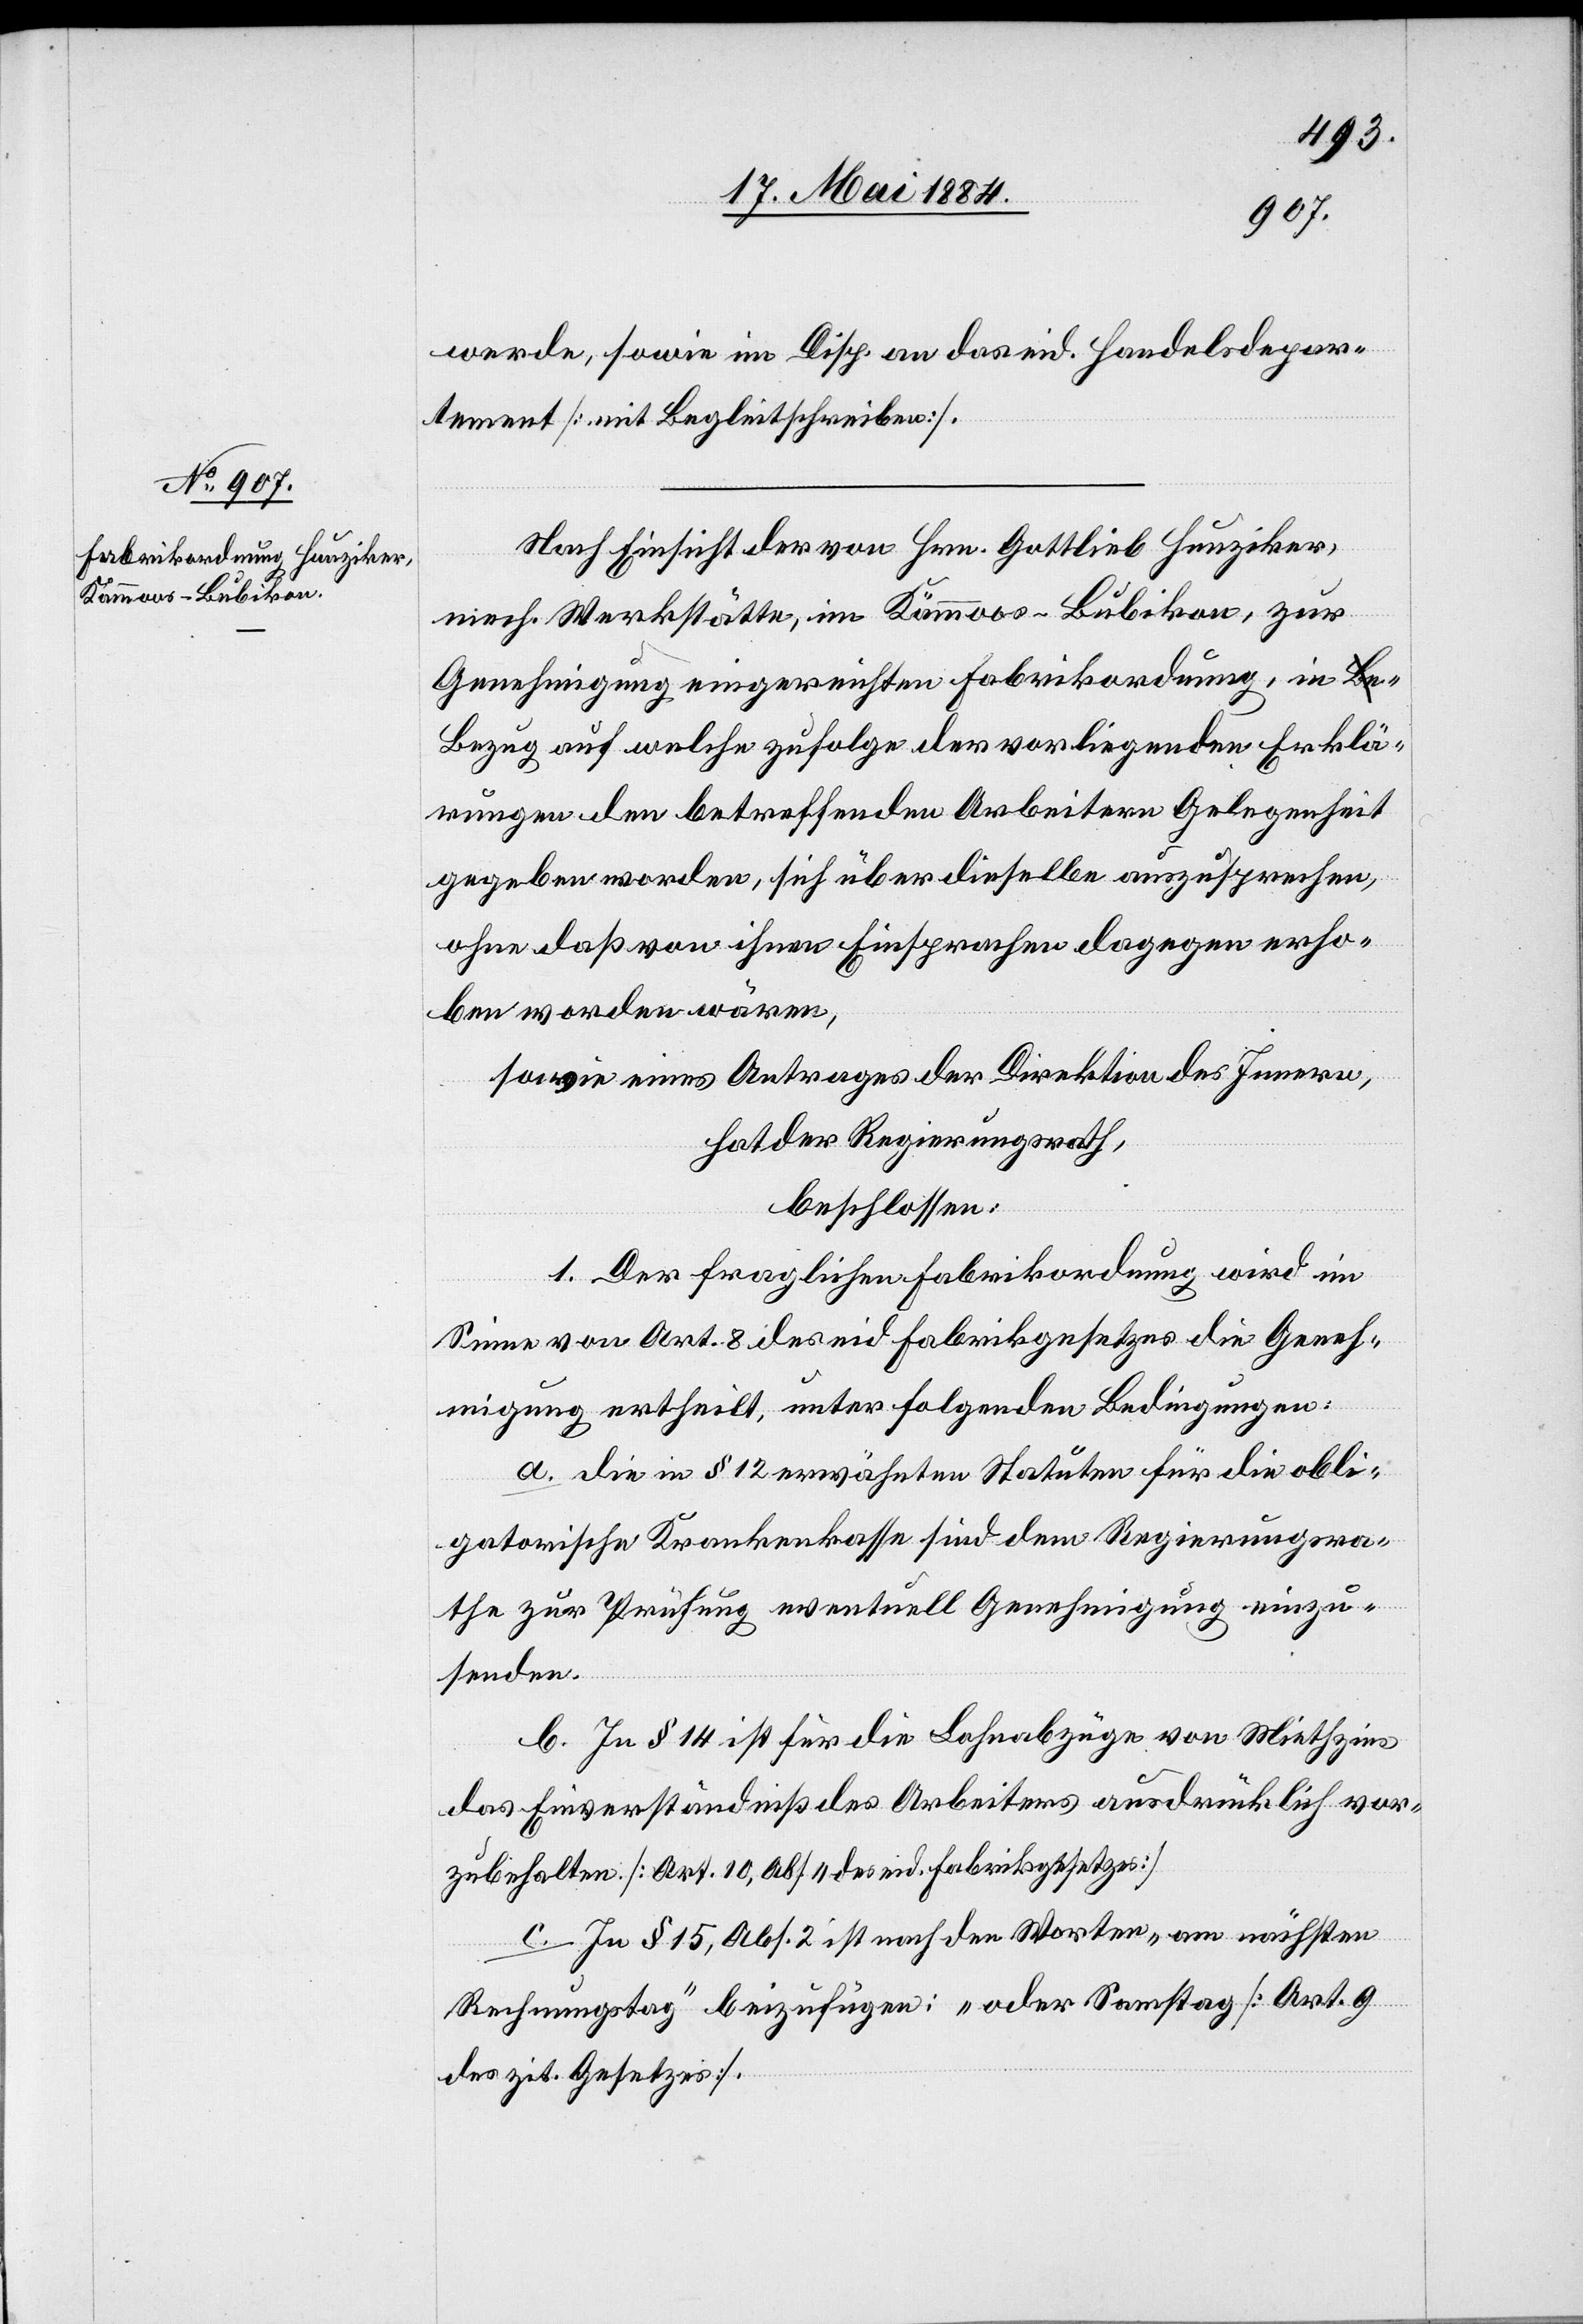
werde, sowie im Disp. an das eid. Handelsdepar¬
tement [mit Begleitschreiben].
Nach Einsicht der von Hrn. Gottlieb Hunziker,
mech. Werkstätte, im Kämmoos - Bubikon, zur
Genehmigung eingereichten Fabrikordnung, in B¬
ezug auf welche zufolge der vorliegenden Erklä¬
rungen den betreffenden Arbeitern Gelegenheit
gegeben worden, sich über dieselbe auszusprechen,
ohne daß von ihnen Einsprachen dagegen erho¬
ben worden wären,
sowie eines Antrages der Direktion des Innern,
hat der Regierungsrath,
beschlossen:
1. Der fraglichen Fabrikordnung wird im
Sinne von Art. 8 des eid. Fabrikgesetzes die Geneh¬
migung ertheilt, unter folgenden Bedingungen:
a. die in § 12 erwähnten Statuten für die obli¬
gatorische Krankenkasse sind dem Regierungsra¬
the zur Prüfung eventuell Genehmigung einzu¬
senden.
b. In § 14 ist für die Lohnabzüge von Miethzins
das Einverständniß des Arbeiters ausdrücklich vor¬
zubehalten. [Art. 10, Abs. 4 des eid. Fabrikgesetzes].
c. In § 15, Abs. 2 ist nach den Worten „am nächsten
Rechnungstag“ beizufügen: „oder Samstag“ [Art. 9
des zit. Gesetzes].